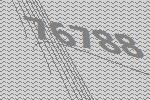
76788